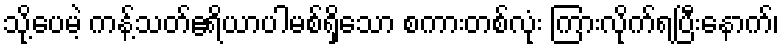
သို့ပေမဲ့ ကန့်သတ်ဧရိယာပါမစ်ရှိသော စကားတစ်လုံး ကြားလိုက်ရပြီးနောက်၊